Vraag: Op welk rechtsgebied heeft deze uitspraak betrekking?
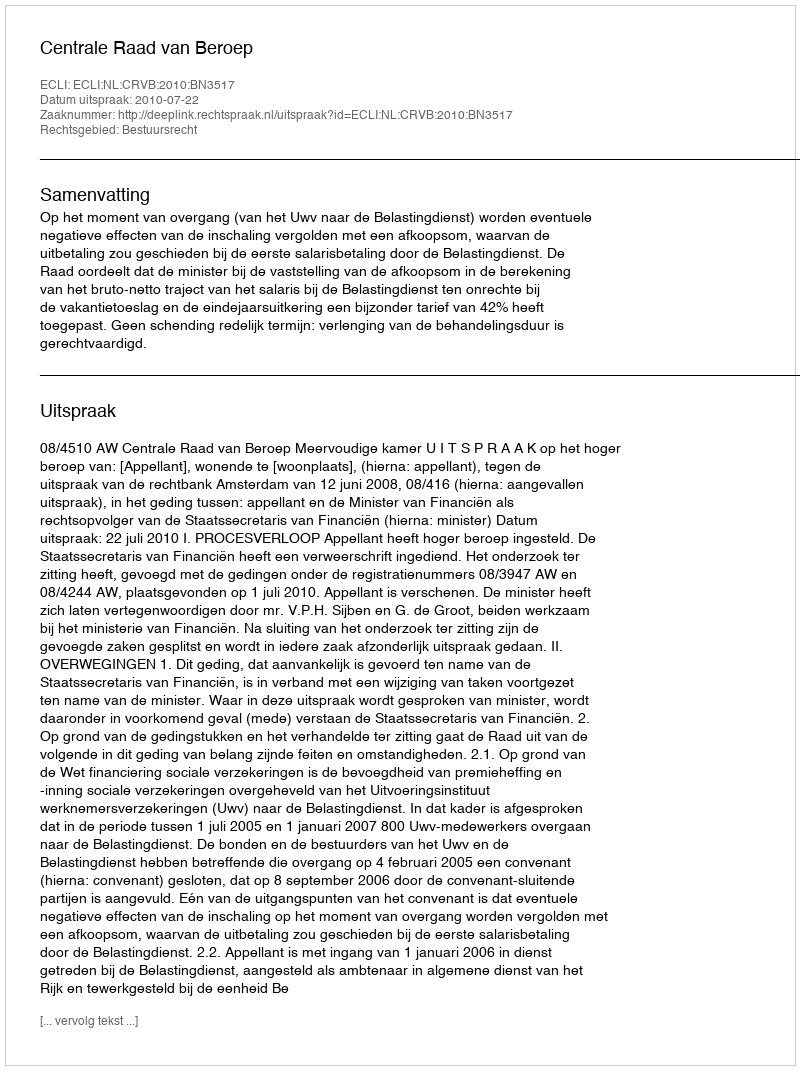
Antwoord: Bestuursrecht